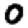
Digit: 0